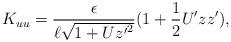
LaTeX: \begin{align*}K_{uu} = \frac{\epsilon}{\ell \sqrt{1+U{z'}^2}}(1 + \frac{1}{2}U'zz'),\end{align*}